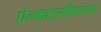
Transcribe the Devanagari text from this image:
ऐल्काइलीकारक